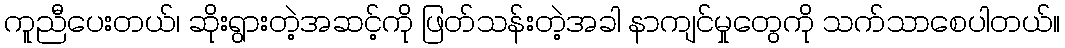
ကူညီပေးတယ်၊ ဆိုးရွားတဲ့အဆင့်ကို ဖြတ်သန်းတဲ့အခါ နာကျင်မှုတွေကို သက်သာစေပါတယ်။